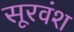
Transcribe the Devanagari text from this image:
सूरवंश